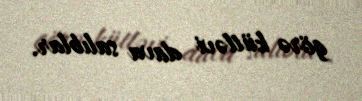
görə kütləvi dava salıblar.